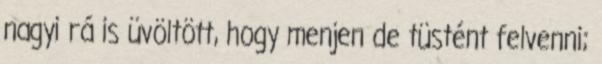
nagyi rá is üvöltött, hogy menjen de tüstént felvenni;